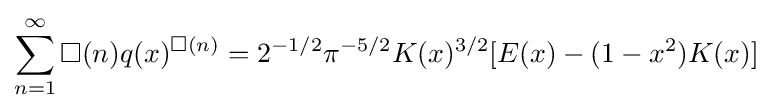
\sum _{n=1}^{\infty }\Box (n)q(x)^{\Box (n)}=2^{-1/2}\pi ^{-5/2}K(x)^{3/2}[E(x)-(1-x^{2})K(x)]